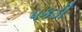
પકડી